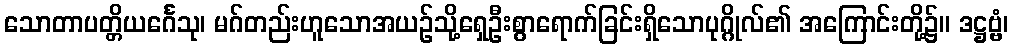
သောတာပတ္တိယင်္ဂေသု၊ မဂ်တည်းဟူသောအယဉ်သို့ရှေဦးစွာရောက်ခြင်းရှိသောပုဂ္ဂိုလ်၏ အကြောင်းတို့၌။ ဒဋ္ဌဗ္ဗံ၊